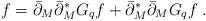
LaTeX: \begin{align*}f=\bar\partial_M\bar\partial^*_MG_q f+\bar\partial^*_M\bar\partial_M G_q f\;.\end{align*}